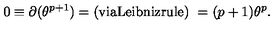
0 \equiv \partial ( \theta ^ { p + 1 } ) = \mathrm { ( v i a L e i b n i z r u l e ) \ } = ( p + 1 ) \theta ^ { p } .